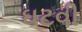
ઘટવી